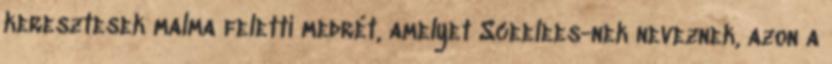
keresztesek malma feletti medrét, amelyet Sceelees-nek neveznek, azon a